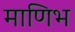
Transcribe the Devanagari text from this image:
माणिभ